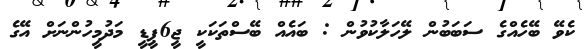
ކެވޭ ބޭހެއްގެ ސަބަބުން ލޭހަލާކުވުން : ބައެއް ބޭސްތަކަކީ ޖީ6ޕީޑީ މަދުމީހުންނަށް އޭގެ